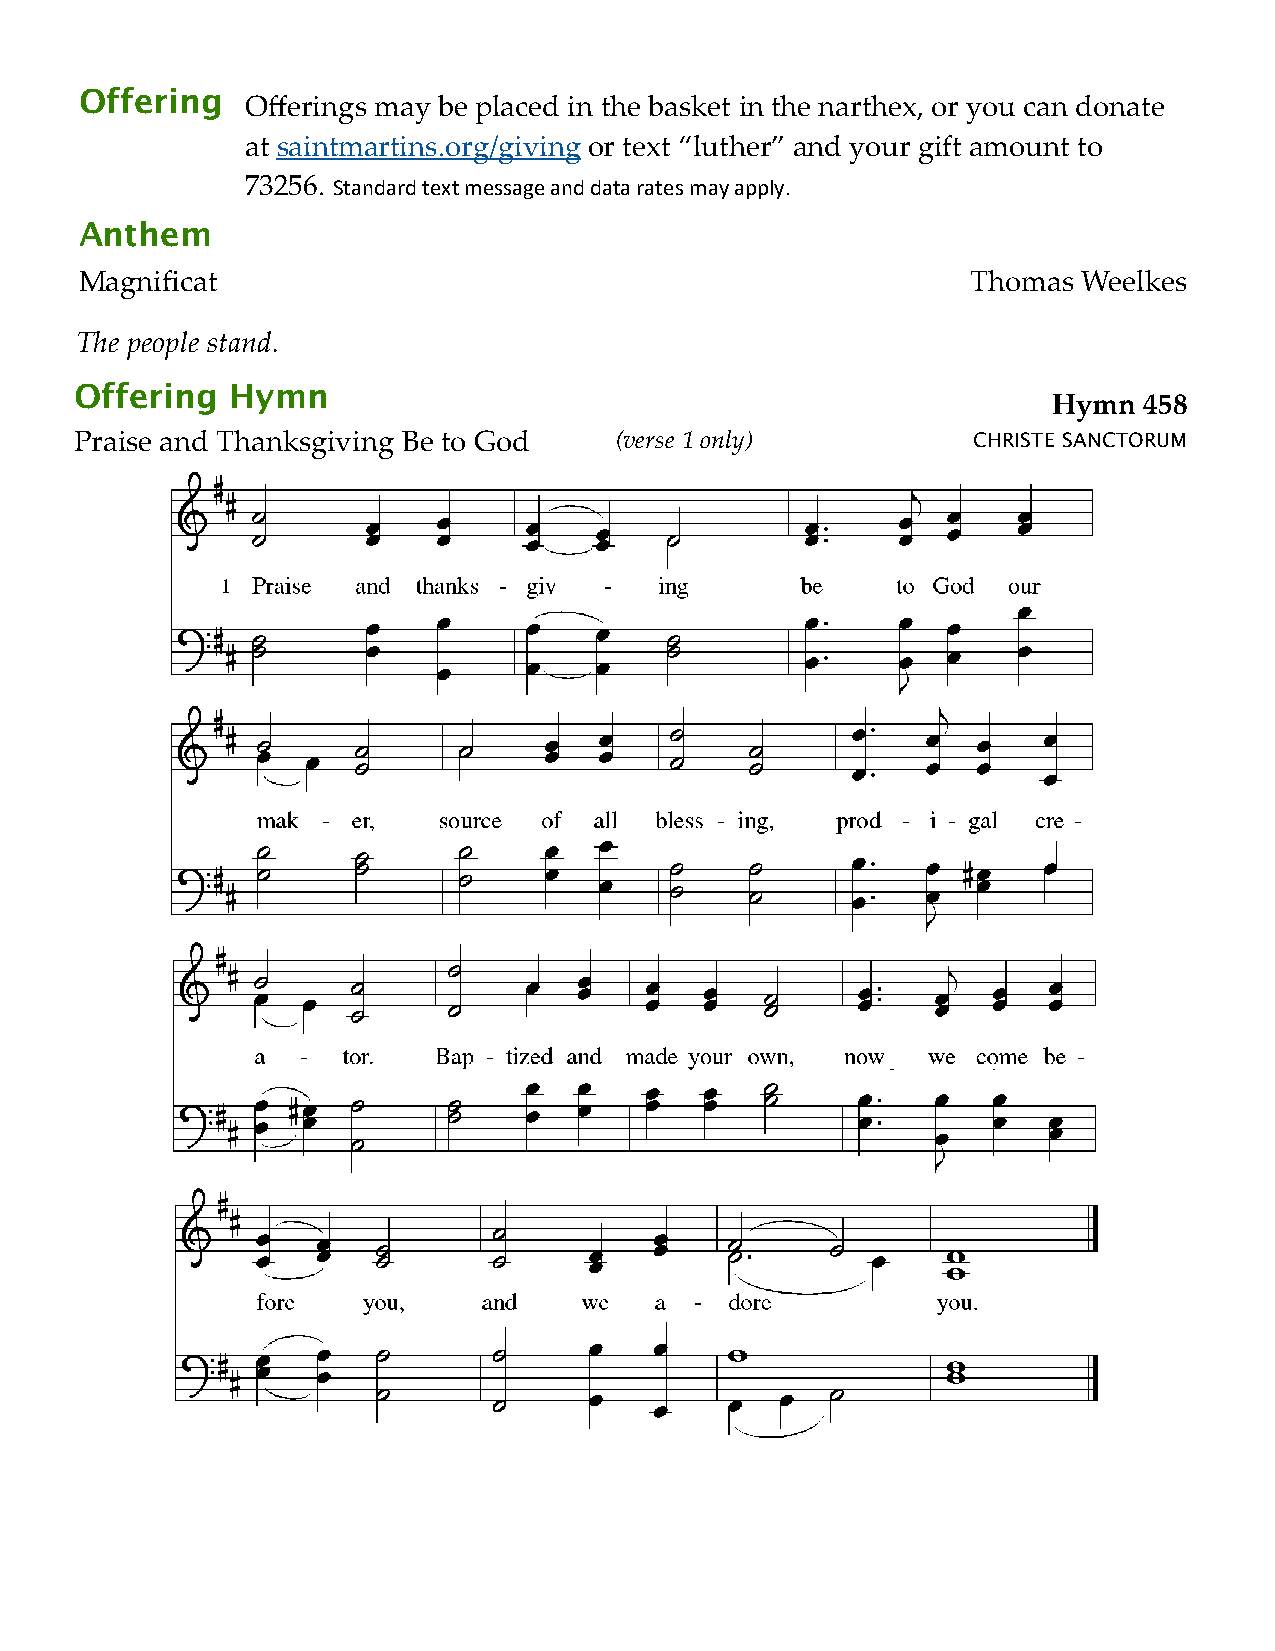
Offering
 Offerings may be placed in the basket in the narthex, or you can donate
 at saintmartins.org/giving or text “luther” and your gift amount to
 73256. Standard text message and data rates may apply.
 Anthem
 Magnificat                                                 Thomas  Weelkes
 The people stand.
 Offering  Hymn
 Hymn  458
 Praise and Thanksgiving Be to God   (verse 1 only)         CHRISTE SANCTORUM